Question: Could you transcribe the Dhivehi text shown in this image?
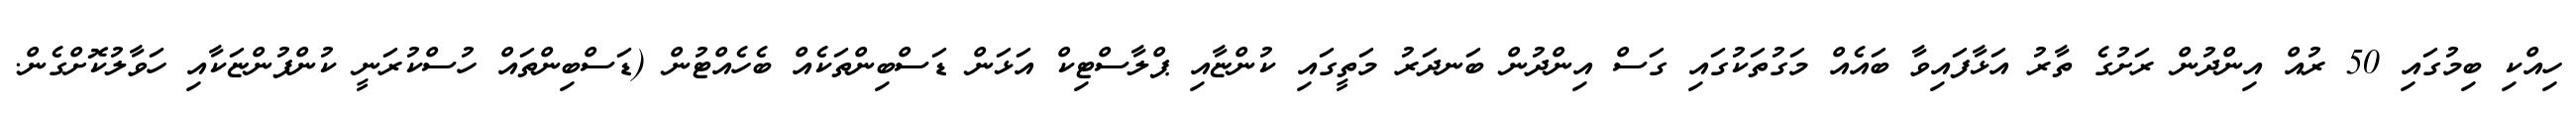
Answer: ހިއްކި ބިމުގައި 50 ރުއް އިންދުން ރަށުގެ ތާރު އަޅާފައިވާ ބައެއް މަގުތަކުގައި ގަސް އިންދުން ބަނދަރު މަތީގައި ކުންޏާއި ޕްލާސްޓިކް އަޅަން ޑަސްބިންތަކެއް ބެހެއްޓުން (ޑަސްބިންތައް ހުސްކުރަނީ ކުންފުންޏަކާއި ހަވާލުކޮށްގެން.